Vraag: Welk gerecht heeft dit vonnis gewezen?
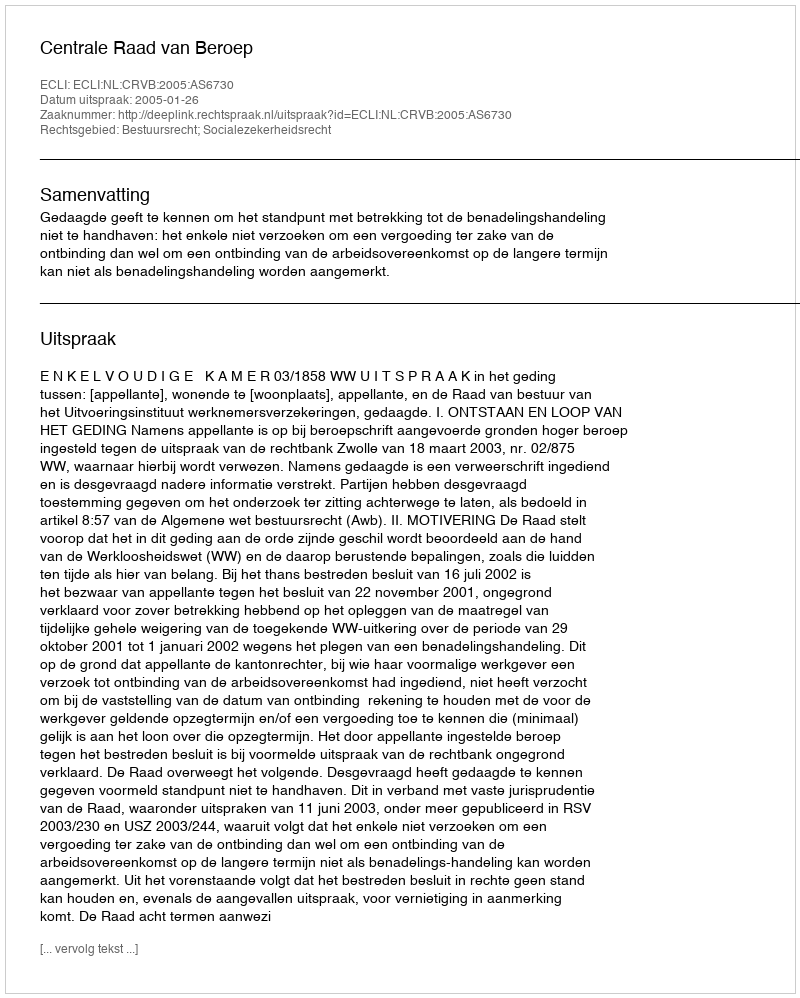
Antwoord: Centrale Raad van Beroep